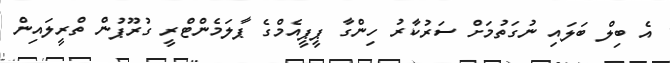
އެ ބިލް ބަލައި ނުގަތުމަށް ސަރުކާރު ހިންގާ ޕީޕީއެމްގެ ޕާލަމެންޓްރީ ގުރޫޕުން ތްރީލައިން